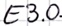
Text: E3.0